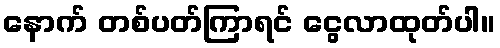
နောက် တစ်ပတ်ကြာရင် ငွေလာထုတ်ပါ။